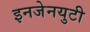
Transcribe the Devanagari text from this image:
इनजेनयुटी